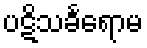
ပဋိသင်္ခရောမ